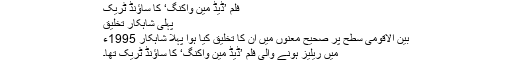
فلم ’ڈیڈ مین واکنگ‘ کا ساؤنڈ ٹریک
پہلی شاہکار تخلیق
بین الاقومی سطح پر صحیح معنوں میں ان کا تخلیق کیا ہوا پہلا شاہکار 1995ء
میں ریلیز ہونے والی فلم ’ڈیڈ مین واکنگ‘ کا ساؤنڈ ٹریک تھا۔